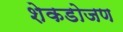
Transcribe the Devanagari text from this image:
शेकडोजण